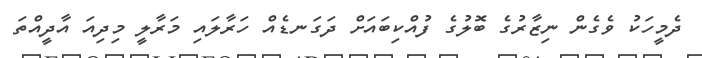
ދެމީހަކު ވެގެން ނިޒާރުގެ ބޮލުގެ ފުއްކިބައަށް ދަގަނޑެއް ހަރާލައި މަރާލީ މިދިއަ އާދީއްތަ